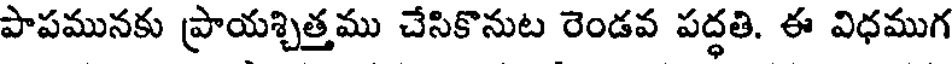
పాపమునకు ప్రాయశ్చిత్తము చేసికొనుట రెండవ పద్ధతి. ఈ విధముగ